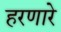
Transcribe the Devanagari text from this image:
हरणारे